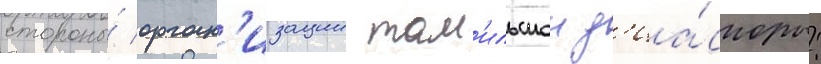
стороны́ орган'изации там'ильскои д'иа́споры: